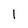
Character: 1